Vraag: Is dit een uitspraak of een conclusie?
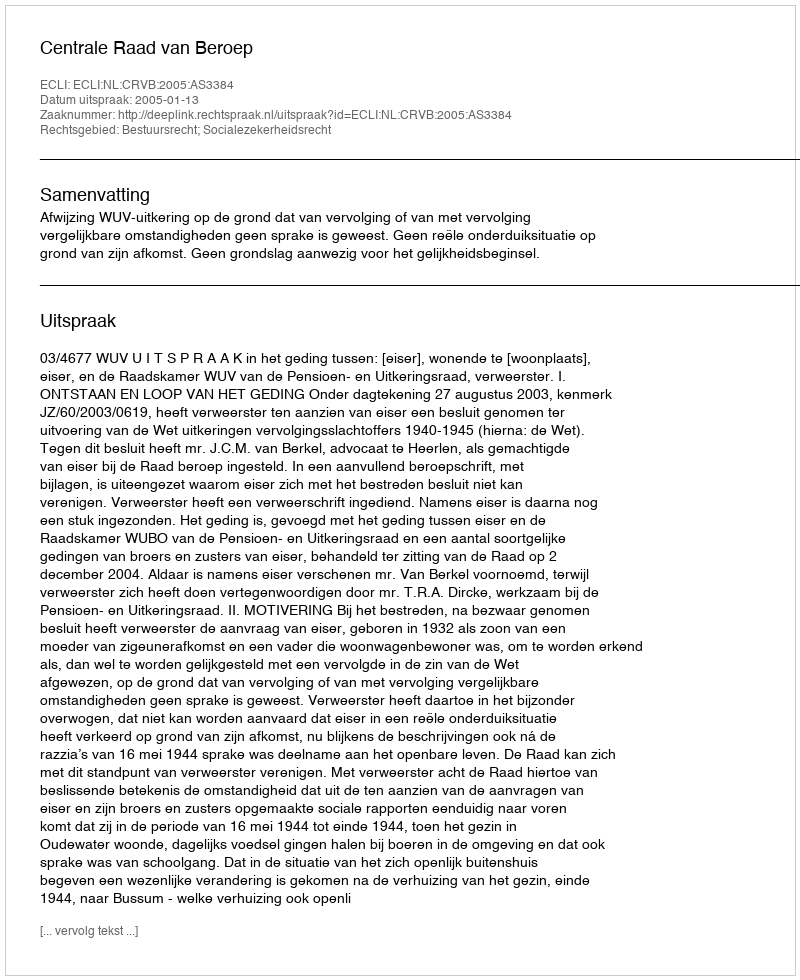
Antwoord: Uitspraak